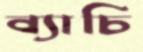
ব্যাচি